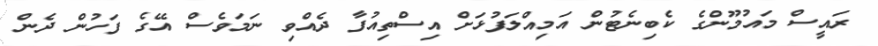
ރައީސް މައުމޫންގެ ކެބިނެޓުން އަމިއްލަފުޅަށް އިސްތިއުފާ ދެއްވި ނަމަވެސް އޭގެ ފަހުން ދެން